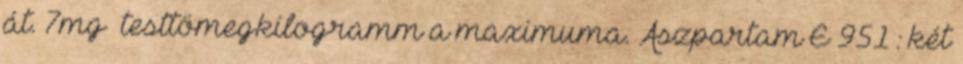
át. 7mg testtömegkilogramm a maximuma. Aszpartam E 951 : két